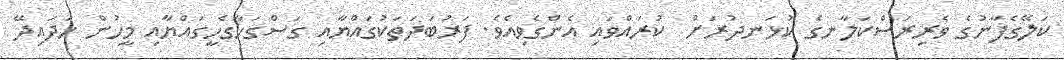
ކަލޭގެފާނުގެ ވެރިރަސްކަލާނގެ ކުޅަނދުރަށް  ކުރައްވައި އެންގެވިއެވެ. ފަރުބަދަތަކުގައްޔާއި ގަސްގަހާގެހީގައްޔާއި މީހުން ހަދައިދޭ